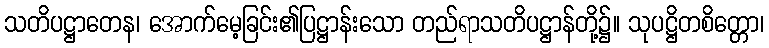
သတိပဋ္ဌာတေန၊ အောက်မေ့ခြင်း၏ပြဋ္ဌာန်းသော တည်ရာသတိပဋ္ဌာန်တို့၌။ သုပဋ္ဌိတစိတ္တော၊